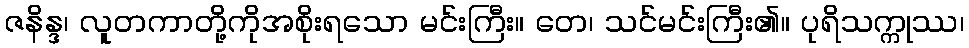
ဇနိန္ဒ၊ လူတကာတို့ကိုအစိုးရသော မင်းကြီး။ တေ၊ သင်မင်းကြီး၏။ ပုရိသက္ကုဿ၊